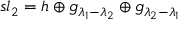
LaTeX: { \mathfrak { s l } } _ { 2 } = { \mathfrak { h } } \oplus { \mathfrak { g } } _ { \lambda _ { 1 } - \lambda _ { 2 } } \oplus { \mathfrak { g } } _ { \lambda _ { 2 } - \lambda _ { 1 } }